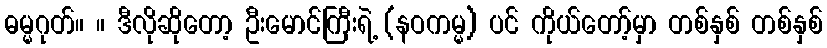
ဓမ္မဂုတ်။ ။ ဒီလိုဆိုတော့ ဦးမောင်ကြီးရဲ့ (နဝကမ္မ) ပင် ကိုယ်တော့်မှာ တစ်နှစ် တစ်နှစ်